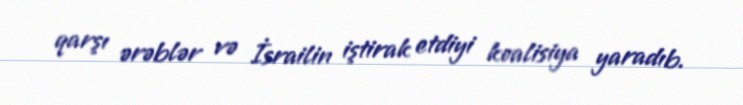
qarşı ərəblər və İsrailin iştirak etdiyi koalisiya yaradıb.